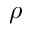
\rho